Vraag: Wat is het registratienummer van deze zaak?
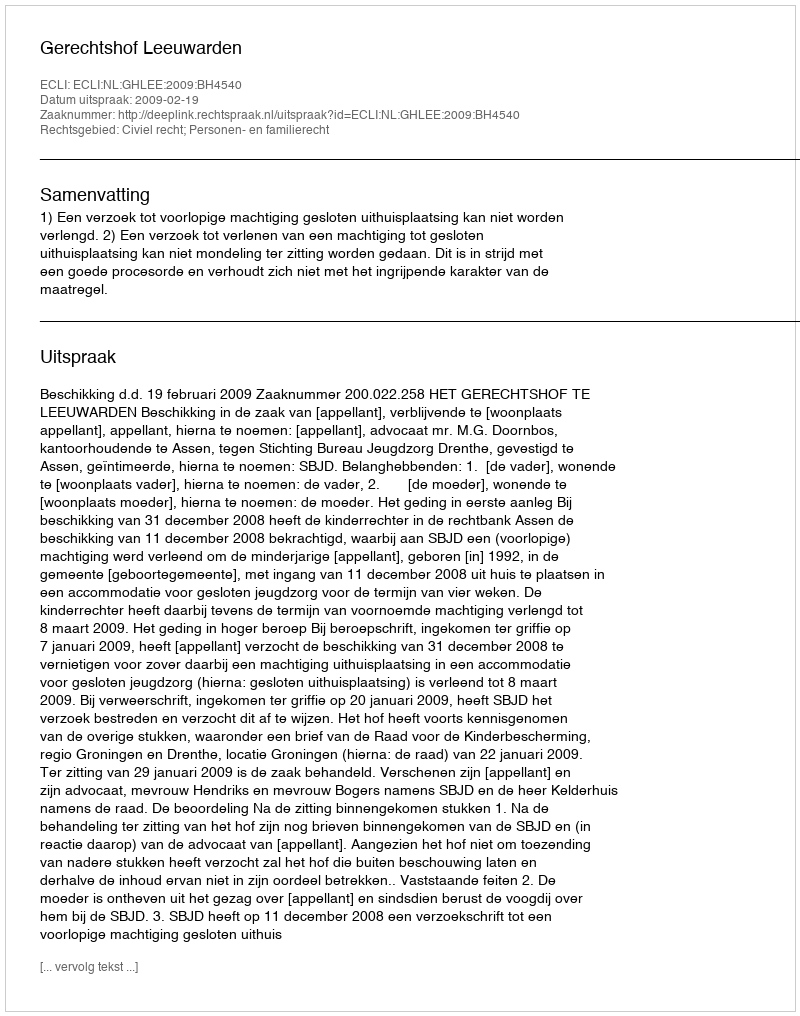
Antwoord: http://deeplink.rechtspraak.nl/uitspraak?id=ECLI:NL:GHLEE:2009:BH4540